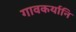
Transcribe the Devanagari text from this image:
गावकर्यानि